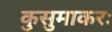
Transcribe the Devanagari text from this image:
कुसुमाकरः